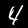
Label: 4